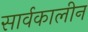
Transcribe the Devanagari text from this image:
सार्वकालीन